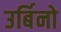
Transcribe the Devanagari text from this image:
उर्बिनो